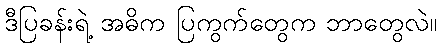
ဒီပြခန်းရဲ့ အဓိက ပြကွက်တွေက ဘာတွေလဲ။